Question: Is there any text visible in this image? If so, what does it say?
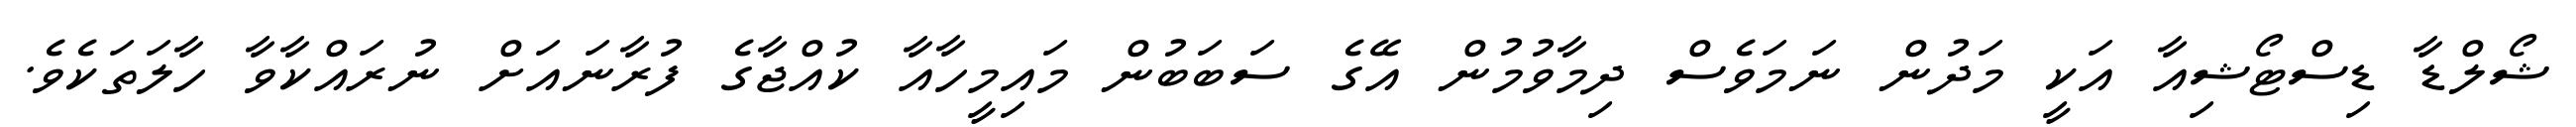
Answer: ޝޯލްޑާ ޑިސްޓޯޝިއާ އަކީ މަދުން ނަމަވެސް ދިމާވުމުން އޭގެ ސަބަބުން މައިމީހާއާ ކުއްޖާގެ ފުރާނައަށް ނުރައްކާވާ ހާލަތަކެވެ.